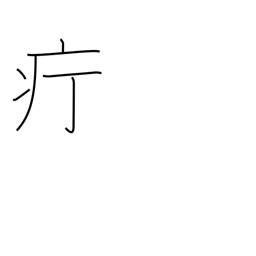
Meaning: carbuncle